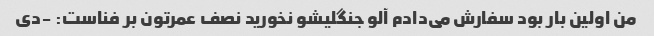
من اولین بار بود سفارش می‌دادم آلو جنگلیشو نخورید نصف عمرتون بر فناست: -دی